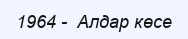
1964 -  Алдар көсе